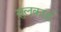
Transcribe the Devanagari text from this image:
सुलकार्ड